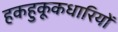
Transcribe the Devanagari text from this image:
हकहुकूकधारियों